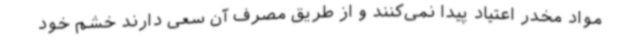
مواد مخدر اعتیاد پیدا نمی‌کنند و از طریق مصرف آن سعی دارند خشم خود